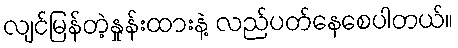
လျင်မြန်တဲ့နှုန်းထားနဲ့ လည်ပတ်နေစေပါတယ်။